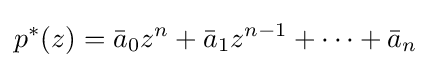
p^{*}(z)={\bar {a}}_{0}z^{n}+{\bar {a}}_{1}z^{n-1}+\cdots +{\bar {a}}_{n}